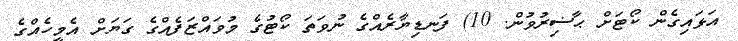
އަޅައިގެން ކޯޓަށް ޙާޟިރުވުން. 10) ފަނޑިޔާރެއްގެ ނުވަތަ ކޯޓުގެ މުވައްޒަފެއްގެ ގަޔަށް އެމީހެއްގެ